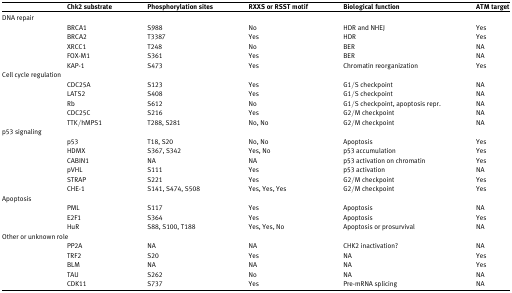
<table><thead><tr><td></td><td><b>Chk2 substrate</b></td><td><b>Phosphorylation sites</b></td><td><b>RXXS or RSST motif</b></td><td><b>Biological function</b></td><td><b>ATM target</b></td></tr></thead><tbody><tr><td colspan="6">DNA repair</td></tr><tr><td></td><td>BRCA1</td><td>S988</td><td>No</td><td>HDR and NHEJ</td><td>Yes</td></tr><tr><td></td><td>BRCA2</td><td>T3387</td><td>Yes</td><td>HDR</td><td>Yes</td></tr><tr><td></td><td>XRCC1</td><td>T248</td><td>No</td><td>BER</td><td>NA</td></tr><tr><td></td><td>FOX-M1</td><td>S361</td><td>Yes</td><td>BER</td><td>NA</td></tr><tr><td></td><td>KAP-1</td><td>S473</td><td>Yes</td><td>Chromatin reorganization</td><td>Yes</td></tr><tr><td colspan="6">Cell cycle regulation</td></tr><tr><td></td><td>CDC25A</td><td>S123</td><td>Yes</td><td>G1/S checkpoint</td><td>NA</td></tr><tr><td></td><td>LATS2</td><td>S408</td><td>Yes</td><td>G1/S checkpoint</td><td>NA</td></tr><tr><td></td><td>Rb</td><td>S612</td><td>No</td><td>G1/S checkpoint, apoptosis repr.</td><td>NA</td></tr><tr><td></td><td>CDC25C</td><td>S216</td><td>Yes</td><td>G2/M checkpoint</td><td>NA</td></tr><tr><td></td><td>TTK/hMPS1</td><td>T288, S281</td><td>No, No</td><td>G2/M checkpoint</td><td>NA</td></tr><tr><td colspan="6">p53 signaling</td></tr><tr><td></td><td>p53</td><td>T18, S20</td><td>No, No</td><td>Apoptosis</td><td>Yes</td></tr><tr><td></td><td>HDMX</td><td>S367, S342</td><td>Yes, No</td><td>p53 accumulation</td><td>Yes</td></tr><tr><td></td><td>CABIN1</td><td>NA</td><td>NA</td><td>p53 activation on chromatin</td><td>Yes</td></tr><tr><td></td><td>pVHL</td><td>S111</td><td>Yes</td><td>p53 activation</td><td>NA</td></tr><tr><td></td><td>STRAP</td><td>S221</td><td>Yes</td><td>G2/M checkpoint</td><td>Yes</td></tr><tr><td></td><td>CHE-1</td><td>S141, S474, S508</td><td>Yes, Yes, Yes</td><td>G2/M checkpoint</td><td>Yes</td></tr><tr><td>Apoptosis</td><td></td><td></td><td></td><td></td><td></td></tr><tr><td></td><td>PML</td><td>S117</td><td>Yes</td><td>Apoptosis</td><td>NA</td></tr><tr><td></td><td>E2F1</td><td>S364</td><td>Yes</td><td>Apoptosis</td><td>Yes</td></tr><tr><td></td><td>HuR</td><td>S88, S100, T188</td><td>Yes, Yes, No</td><td>Apoptosis or prosurvival</td><td>NA</td></tr><tr><td colspan="6">Other or unknown role</td></tr><tr><td></td><td>PP2A</td><td>NA</td><td>NA</td><td>CHK2 inactivation?</td><td>NA</td></tr><tr><td></td><td>TRF2</td><td>S20</td><td>Yes</td><td>NA</td><td>Yes</td></tr><tr><td></td><td>BLM</td><td>NA</td><td>NA</td><td>NA</td><td>Yes</td></tr><tr><td></td><td>TAU</td><td>S262</td><td>No</td><td>NA</td><td>NA</td></tr><tr><td></td><td>CDK11</td><td>S737</td><td>Yes</td><td>Pre-mRNA splicing</td><td>NA</td></tr></tbody></table>